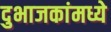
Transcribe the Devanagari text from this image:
दुभाजकांमध्ये